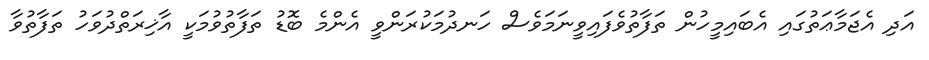
އަދި އެޖަމާޢަތުގައި އެބައިމީހުން ތަފާތުވެފައިވީނަމަވެސް ހަނދުމަކުރަންވީ އެންމެ ބޮޑު ތަފާތުވުމަކީ އާޚިރަތްދުވަހު ތަފާތުވާ